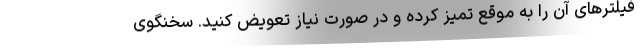
فیلترهای آن را به موقع تمیز کرده و در صورت نیاز تعویض کنید. سخنگوی